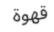
قهوة